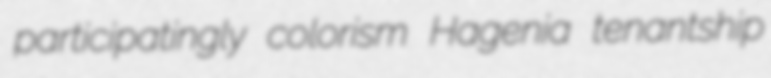
participatingly colorism Hagenia tenantship